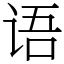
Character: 语